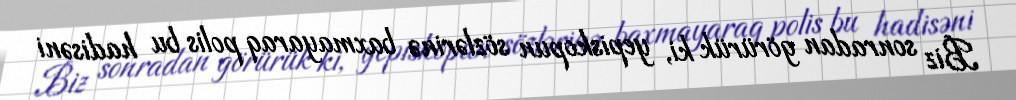
Biz sonradan görürük ki, yepiskopun sözlərinə baxmayaraq polis bu hadisəni